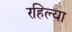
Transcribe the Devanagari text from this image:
रहिल्या